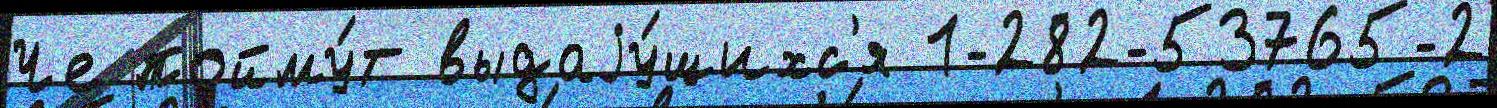
Че пойму́т выдаjу́щихс'я 1-282-53765-2